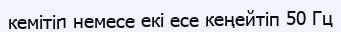
кемітіп немесе екі есе кеңейтіп 50 Гц